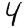
Digit: 4